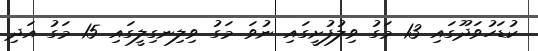
ކުޑަހުވަދޫގައި 13 މަގު ވިލުފުށީގައި ނުވަ މަގު ވިލިނގިލީގައި 15 މަގު އަދި